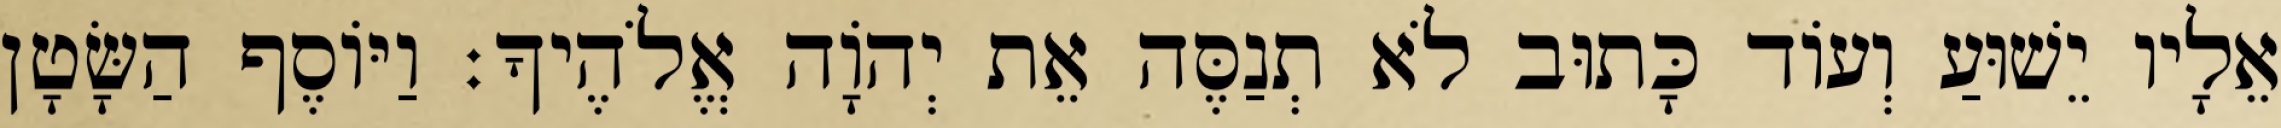
אֵלָיו יֵשׁוּעַ וְעוֹד כָּתוּב לֹא תְנַסֶּה אֵת יְהוָֹה אֱלֹהֶיךָ׃ וַיּוֹסֶף הַשָּׂטָן